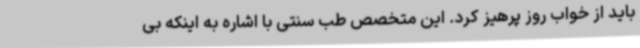
باید از خواب روز پرهیز کرد. این متخصص طب سنتی با اشاره به اینکه بی